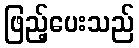
ဖြည့်ပေးသည်